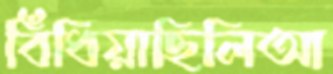
বিঁধিয়াছিলিআ